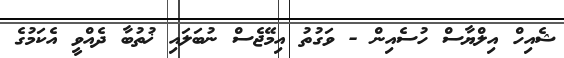
ޝެއިހް އިލްޔާސް ހުސެއިން - ވަގުތު އިމޭޖެސް ނުބަލައި ޚުތުބާ ދެއްވީ އެކަމުގެ